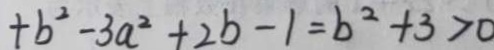
+ b ^ { 2 } - 3 a ^ { 2 } + 2 b - 1 = b ^ { 2 } + 3 > 0